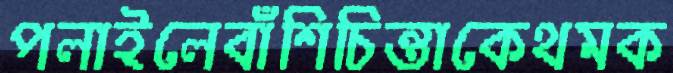
পলাইলেবাঁশিচিন্তাকেথমক